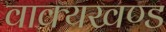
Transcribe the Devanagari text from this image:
वाक्यखण्ड